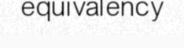
equivalency